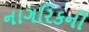
નાગરિકની